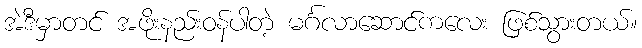
အဲဒီမှာတင် အဖိုးနည်းဝန်ပါတဲ့ မင်္ဂလာဆောင်ကလေး ဖြစ်သွားတယ်။